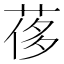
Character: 𦰿